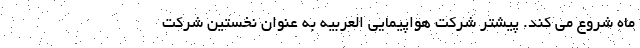
ماه شروع می کند. پیشتر شرکت هواپیمایی العربیه به عنوان نخستین شرکت